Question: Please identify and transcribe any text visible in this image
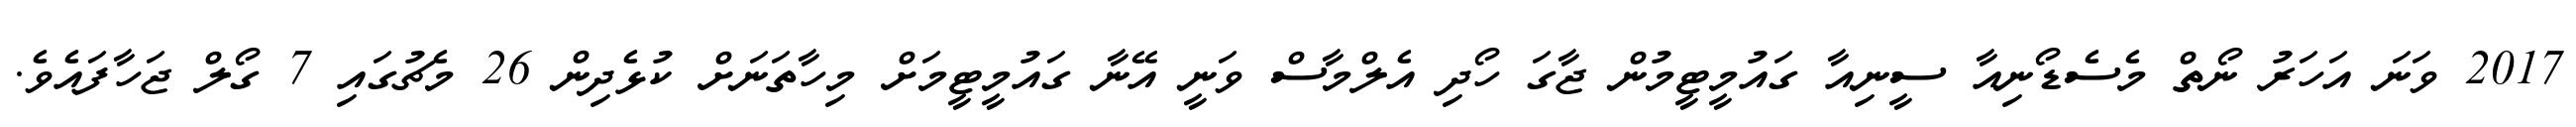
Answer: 2017 ވަނަ އަހަރު ނޯތް މެސެޑޯނިއާ ސީނިއާ ގައުމީޓީމުން ޖާގަ ހޯދި އެލްމާސް ވަނީ އޭނާ ގައުމީޓީމަށް މިހާތަނަށް ކުޅެދިން 26 މެޗުގައި 7 ގޯލް ޖަހާފައެވެ.